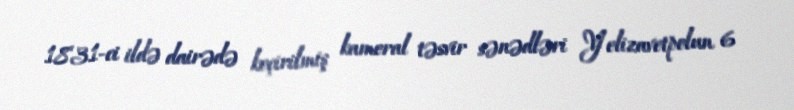
1831-ci ildə dairədə keçirilmiş kameral təsvir sənədləri Yelizavetpolun 6